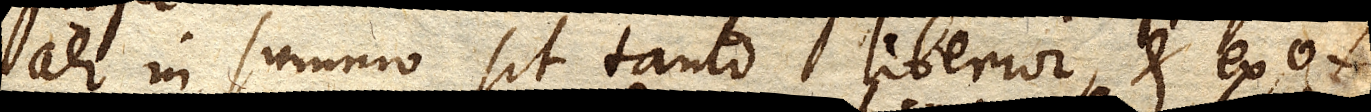
aer in summo sit tanto liberior, et exo–